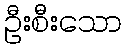
ဦးစီးသော